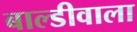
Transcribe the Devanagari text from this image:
बाल्डीवाला